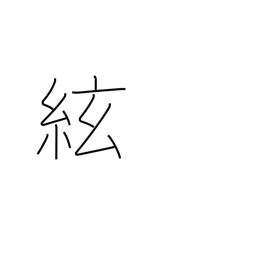
Meaning: string